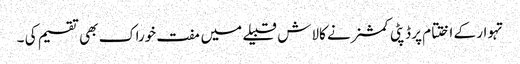
تہوار کے اختتام پر ڈپٹی کمشنر نے کالاش قبیلے میں مفت خوراک بھی تقسیم کی ۔